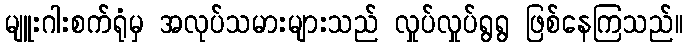
မျူးဂါးစက်ရုံမှ အလုပ်သမားများသည် လှုပ်လှုပ်ရွရွ ဖြစ်နေကြသည်။